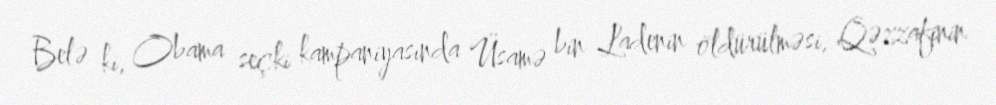
Belə ki, Obama seçki kampaniyasında Üsamə bin Ladenin öldürülməsi, Qəzzafinin